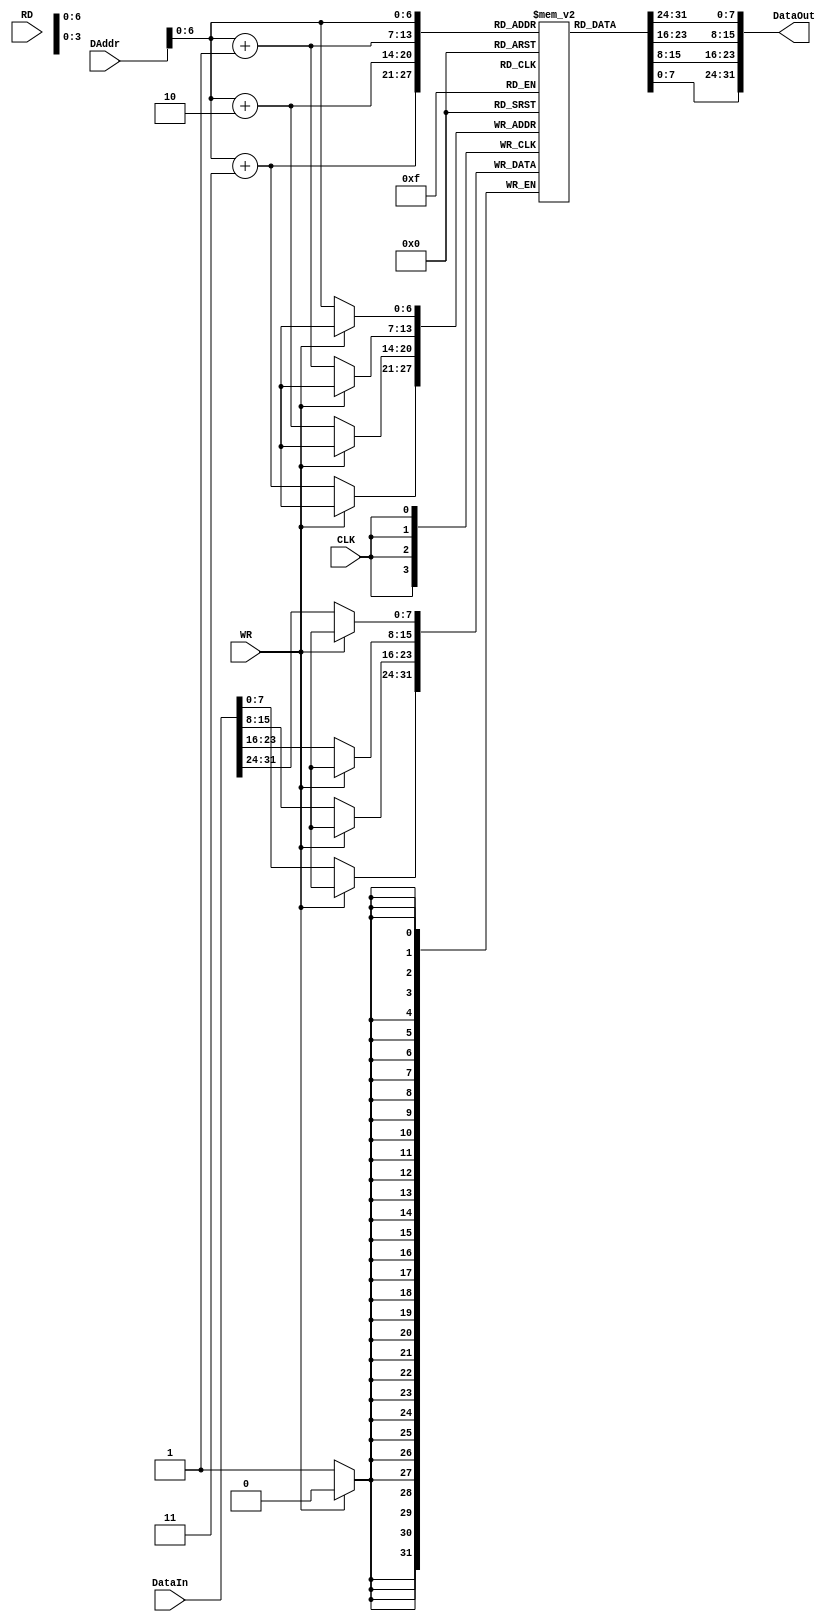
`timescale 1ns / 1ps
//////////////////////////////////////////////////////////////////////////////////
// Company: 
// Engineer: 
// 
// Design Name: 
// Module Name: DataMem
// Project Name: 
// Target Devices: 
// Tool Versions: 
// Description: 
// 
// Dependencies: 
// 
// Revision:
// Revision 0.01 - File Created
// Additional Comments:
// 
//////////////////////////////////////////////////////////////////////////////////


module DataMem(
	input CLK,
	input RD, 
	input WR, 
	input [31:0] DAddr, 
	input [31:0] DataIn,
	output [31:0] DataOut
	);
    reg [7:0] DataRAM[0:127];
	always@(negedge CLK) begin
		if (~WR) begin
			DataRAM[DAddr] = DataIn[31:24];
			DataRAM[DAddr+1] = DataIn[23:16];
			DataRAM[DAddr+2] = DataIn[15:8];
			DataRAM[DAddr+3] = DataIn[7:0];
		end
	end
    assign DataOut = {DataRAM[DAddr], DataRAM[DAddr+1],DataRAM[DAddr+2],DataRAM[DAddr+3]};
endmodule